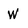
Character: w